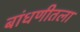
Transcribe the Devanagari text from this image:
बांधणीतला